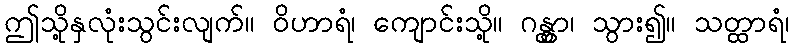
ဤသို့နှလုံးသွင်းလျက်။ ဝိဟာရံ၊ ကျောင်းသို့။ ဂန္တွာ၊ သွား၍။ သတ္ထာရံ၊